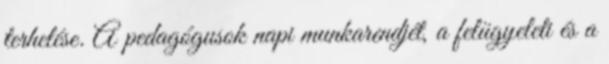
terhelése. A pedagógusok napi munkarendjét, a felügyeleti és a